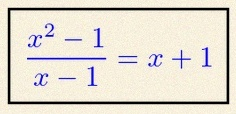
\frac{x^2-1}{x-1}=x+1